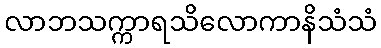
လာဘသက္ကာရသိလောကာနိသံသံ